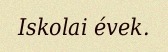
Iskolai évek.